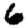
Digit: 6